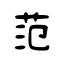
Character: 范